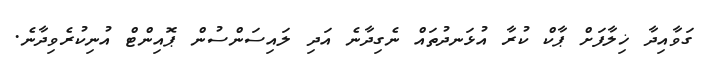
ގަވާއިދާ ޚިލާފަށް ޕާކް ކުރާ އުޅަނދުތައް ނެގިދާނެ އަދި ލައިސަންސުން ޕޮއިންޓް އުނިކުރެވިދާނެ.